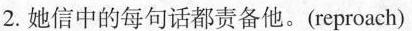
2.她信中的每句话都责备他。(reproach)